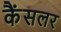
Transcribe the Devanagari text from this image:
कैंसलर